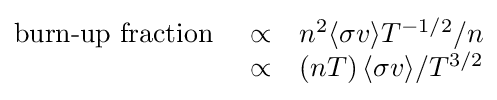
{\begin{matrix}{\mbox{burn-up fraction }}&\propto &n^{2}\langle \sigma v\rangle T^{-1/2}/n\\&\propto &\left(nT\right)\langle \sigma v\rangle /T^{3/2}\\\end{matrix}}